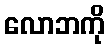
လောဘကို